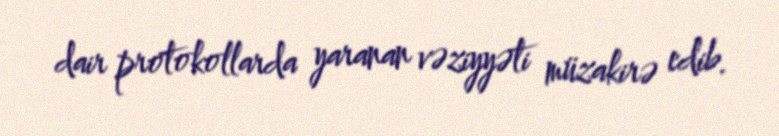
dair protokollarda yaranan vəziyyəti müzakirə edib.